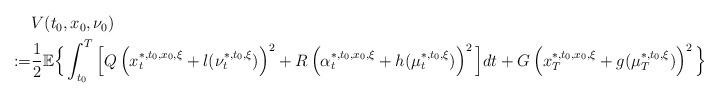
LaTeX: \begin{align*}\begin{aligned}&V(t_0,x_0,\nu_0)\\:=&\frac{1}{2}\mathbb{E}\Big\{\int_{t_0}^T\Big[Q\left(x_t^{*,t_0,x_0,\xi}+l(\nu_t^{*,t_0,\xi})\right)^2+R\left(\alpha_t^{*,t_0,x_0,\xi}+h(\mu_t^{*,t_0,\xi})\right)^2\Big]dt+G\left(x_T^{*,t_0,x_0,\xi}+g(\mu_T^{*,t_0,\xi})\right)^2\Big\}\end{aligned}\end{align*}